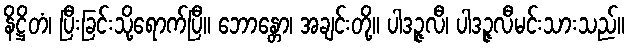
နိဋ္ဌိတံ၊ ပြီးခြင်းသို့ရောက်ပြီ။ ဘောန္တော၊ အချင်းတို့။ ပါဒဉ္ဇလီ၊ ပါဒဉ္ဇလီမင်းသားသည်။